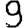
Digit: 9